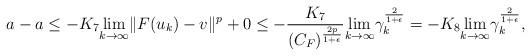
LaTeX: \begin{align*} a-a \leq -K_7 \underset{k \to \infty}{\lim} \| F(u_k)- v\|^{p} + 0 \leq -\frac{K_7}{(C_F)^{\frac{2p}{1+\epsilon}}} \underset{k \to \infty}{\lim} \gamma_k^{\frac{2}{1+\epsilon}} = -K_8 \underset{k \to \infty}{\lim} \gamma_k^{\frac{2}{1+\epsilon}}, \end{align*}